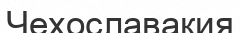
Чехославакия